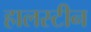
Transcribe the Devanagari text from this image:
हालस्टीन